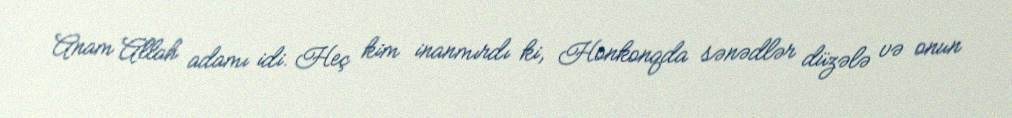
Anam Allah adamı idi. Heç kim inanmırdı ki, Honkonqda sənədlər düzələ və onun